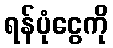
ရန်ပုံငွေကို